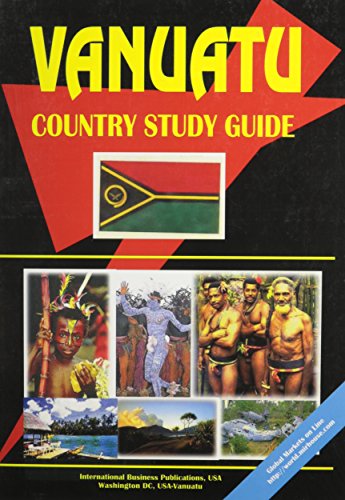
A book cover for Vanuatu Country Study Guide (World Country Study Guide); Ibp Usa; Travel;